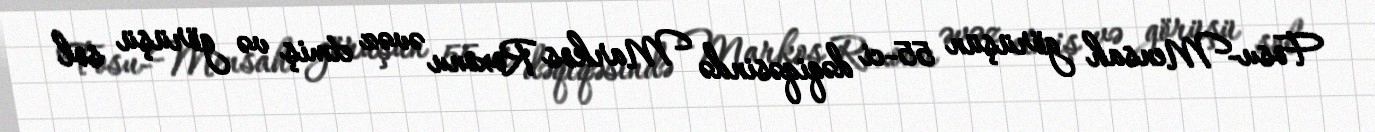
Fosu-Mensah görüşün 55-ci dəqiqəsində Markos Roxonu əvəz etmiş və görüşü sol